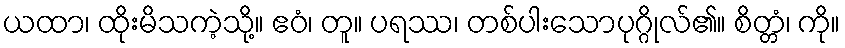
ယထာ၊ ထိုးမိသကဲ့သို့။ ဧဝံ၊ တူ။ ပရဿ၊ တစ်ပါးသောပုဂ္ဂိုလ်၏။ စိတ္တံ၊ ကို။